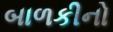
બાળકીનો